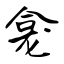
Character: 龛